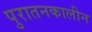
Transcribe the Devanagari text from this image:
पुरातनकालीन